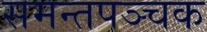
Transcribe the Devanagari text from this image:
समन्तपञ्चक